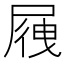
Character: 𡲕